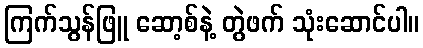
ကြက်သွန်ဖြူ ဆော့စ်နဲ့ တွဲဖက် သုံးဆောင်ပါ။